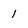
Character: 1